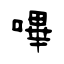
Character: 嗶